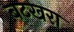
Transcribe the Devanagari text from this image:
बटखरा